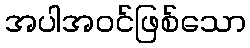
အပါအဝင်ဖြစ်သော